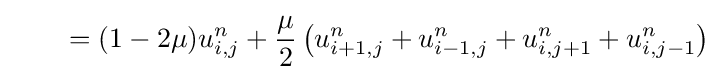
\qquad =(1-2\mu )u_{i,j}^{n}+{\frac {\mu }{2}}\left(u_{i+1,j}^{n}+u_{i-1,j}^{n}+u_{i,j+1}^{n}+u_{i,j-1}^{n}\right)